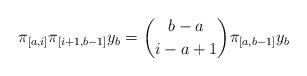
LaTeX: \begin{align*}\pi_{[a,i]} \pi_{[i+1,b-1]}y_{b}= \binom{b-a}{i-a+1} \pi_{[a,b-1]}y_{b} \end{align*}